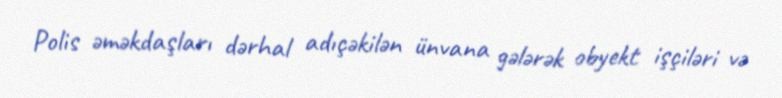
Polis əməkdaşları dərhal adıçəkilən ünvana gələrək obyekt işçiləri və